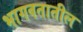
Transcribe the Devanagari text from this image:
भागवतातील